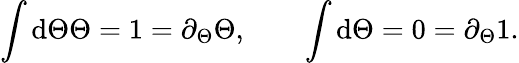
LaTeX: \int\mathrm{d}\Theta\Theta=1=\partial_{\Theta}\Theta,\qquad\int\mathrm{d}\Theta=0=\partial_{\Theta}1.